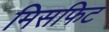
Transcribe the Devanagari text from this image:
मिसफिट